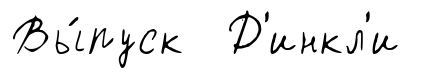
Вы́пуск Д'инкл'и